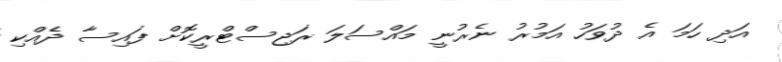
އަދި ހަމަ އެ ދުވަހު އަމުރު ނެރުނީ މައްސަލަ ރަޖިސްޓްރީކޮށް ފައިސާ ދެއްކި